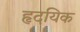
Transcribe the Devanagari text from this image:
हृदयिक